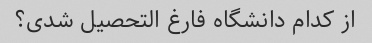
از کدام دانشگاه فارغ التحصیل شدی؟